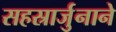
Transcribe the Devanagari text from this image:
सहस्रार्जुनाने